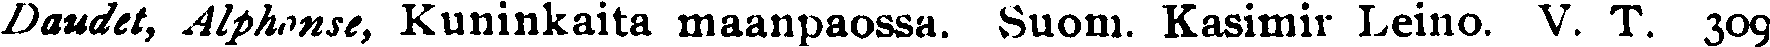
Daudet, Alphonse, Kuninkaita maanpaossa. Suoni. Kasimir Leino. V. T. 309